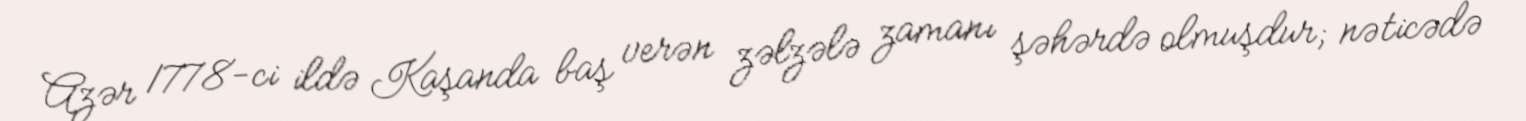
Azər 1778-ci ildə Kaşanda baş verən zəlzələ zamanı şəhərdə olmuşdur; nəticədə